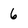
Character: 6